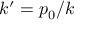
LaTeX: k ^ { \prime } = p _ { 0 } / k